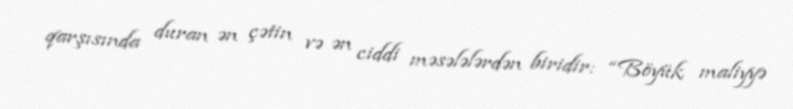
qarşısında duran ən çətin və ən ciddi məsələlərdən biridir: “Böyük maliyyə